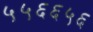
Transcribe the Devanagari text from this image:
५५६६५६